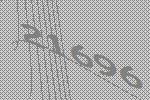
21696